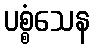
ပစ္စံသေန